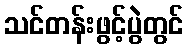
သင်တန်းဖွင့်ပွဲတွင်